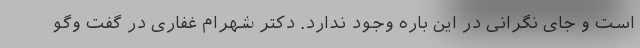
است و جای نگرانی در این باره وجود ندارد. دکتر شهرام غفاری در گفت وگو